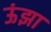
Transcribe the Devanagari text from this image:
ऊंझा